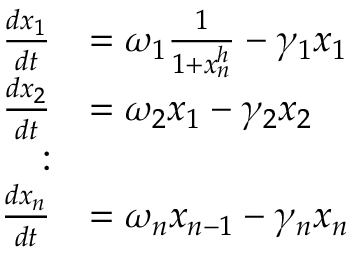
\begin{array} { r l } { \frac { d x _ { 1 } } { d t } } & { = \omega _ { 1 } \frac { 1 } { 1 + x _ { n } ^ { h } } - \gamma _ { 1 } x _ { 1 } } \\ { \frac { d x _ { 2 } } { d t } } & { = \omega _ { 2 } x _ { 1 } - \gamma _ { 2 } x _ { 2 } } \\ { : } & { } \\ { \frac { d x _ { n } } { d t } } & { = \omega _ { n } x _ { n - 1 } - \gamma _ { n } x _ { n } } \end{array}